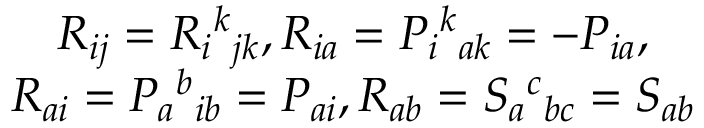
\begin{array} { c } { { R _ { i j } = R _ { i } { } ^ { k } { } _ { j k } , R _ { i a } = P _ { i } { } ^ { k } { } _ { a k } = - P _ { i a } , } } \\ { { R _ { a i } = P _ { a } { } ^ { b } { } _ { i b } = P _ { a i } , R _ { a b } = S _ { a } { } ^ { c } { } _ { b c } = S _ { a b } } } \end{array}